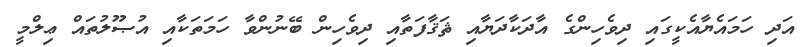
އަދި ހަމައެޔާއެކީގައި ދިވެހިންގެ އާދަކާދަޔާއި ޘަޤާފަތާއި ދިވެހިން ބޭނުންވާ ހަމަތަކާއި އުޞޫލުތައް ޢިލްމީ